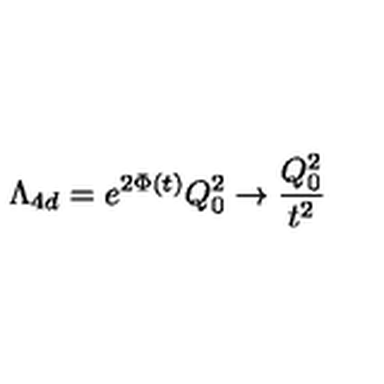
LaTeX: \Lambda _ { 4 d } = e ^ { 2 \Phi ( t ) } Q _ { 0 } ^ { 2 } \to \frac { Q _ { 0 } ^ { 2 } } { t ^ { 2 } }